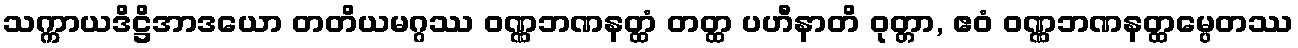
သက္ကာယဒိဋ္ဌိအာဒယော တတိယမဂ္ဂဿ ဝဏ္ဏဘဏနတ္ထံ တတ္ထ ပဟီနာတိ ဝုတ္တာ, ဧဝံ ဝဏ္ဏဘဏနတ္ထမ္ပေတဿ